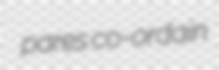
pares co-ordain